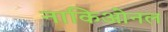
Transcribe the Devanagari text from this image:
नाकिओनल